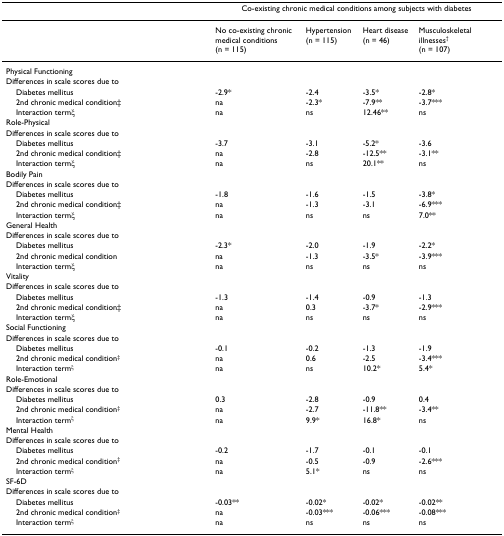
<table><thead><tr><td></td><td colspan="4"><b>Co-existing chronic medical conditions among subjects with diabetes</b></td></tr></thead><tbody><tr><td></td><td>No co-existing chronic medical conditions(n = 115)</td><td>Hypertension(n = 115)</td><td>Heart disease (n = 46)</td><td>Musculoskeletal illnesses<sup>† </sup>(n = 107)</td></tr><tr><td>Physical Functioning</td><td></td><td></td><td></td><td></td></tr><tr><td>Differences in scale scores due to</td><td></td><td></td><td></td><td></td></tr><tr><td> Diabetes mellitus</td><td>-2.9*</td><td>-2.4</td><td>-3.5*</td><td>-2.8*</td></tr><tr><td> 2nd chronic medical condition‡</td><td>na</td><td>-2.3*</td><td>-7.9**</td><td>-3.7***</td></tr><tr><td> Interaction termξ</td><td>na</td><td>ns</td><td>12.46**</td><td>ns</td></tr><tr><td>Role-Physical</td><td></td><td></td><td></td><td></td></tr><tr><td>Differences in scale scores due to</td><td></td><td></td><td></td><td></td></tr><tr><td> Diabetes mellitus</td><td>-3.7</td><td>-3.1</td><td>-5.2*</td><td>-3.6</td></tr><tr><td> 2nd chronic medical condition‡</td><td>na</td><td>-2.8</td><td>-12.5**</td><td>-3.1**</td></tr><tr><td> Interaction termξ</td><td>na</td><td>ns</td><td>20.1**</td><td>ns</td></tr><tr><td>Bodily Pain</td><td></td><td></td><td></td><td></td></tr><tr><td>Differences in scale scores due to</td><td></td><td></td><td></td><td></td></tr><tr><td> Diabetes mellitus</td><td>-1.8</td><td>-1.6</td><td>-1.5</td><td>-3.8*</td></tr><tr><td> 2nd chronic medical condition‡</td><td>na</td><td>-1.3</td><td>-3.1</td><td>-6.9***</td></tr><tr><td> Interaction termξ</td><td>na</td><td>ns</td><td>ns</td><td>7.0**</td></tr><tr><td>General Health</td><td></td><td></td><td></td><td></td></tr><tr><td>Differences in scale scores due to</td><td></td><td></td><td></td><td></td></tr><tr><td> Diabetes mellitus</td><td>-2.3*</td><td>-2.0</td><td>-1.9</td><td>-2.2*</td></tr><tr><td> 2nd chronic medical condition</td><td>na</td><td>-1.3</td><td>-3.5*</td><td>-3.9***</td></tr><tr><td> Interaction termξ</td><td>na</td><td>ns</td><td>ns</td><td>ns</td></tr><tr><td>Vitality</td><td></td><td></td><td></td><td></td></tr><tr><td>Differences in scale scores due to</td><td></td><td></td><td></td><td></td></tr><tr><td> Diabetes mellitus</td><td>-1.3</td><td>-1.4</td><td>-0.9</td><td>-1.3</td></tr><tr><td> 2nd chronic medical condition‡</td><td>na</td><td>0.3</td><td>-3.7*</td><td>-2.9***</td></tr><tr><td> Interaction termξ</td><td>na</td><td>ns</td><td>ns</td><td>ns</td></tr><tr><td>Social Functioning</td><td></td><td></td><td></td><td></td></tr><tr><td>Differences in scale scores due to</td><td></td><td></td><td></td><td></td></tr><tr><td> Diabetes mellitus</td><td>-0.1</td><td>-0.2</td><td>-1.3</td><td>-1.9</td></tr><tr><td> 2nd chronic medical condition<sup>‡</sup></td><td>na</td><td>0.6</td><td>-2.5</td><td>-3.4***</td></tr><tr><td> Interaction term<sup>ξ</sup></td><td>na</td><td>ns</td><td>10.2*</td><td>5.4*</td></tr><tr><td>Role-Emotional</td><td></td><td></td><td></td><td></td></tr><tr><td>Differences in scale scores due to</td><td></td><td></td><td></td><td></td></tr><tr><td> Diabetes mellitus</td><td>0.3</td><td>-2.8</td><td>-0.9</td><td>0.4</td></tr><tr><td> 2nd chronic medical condition<sup>‡</sup></td><td>na</td><td>-2.7</td><td>-11.8**</td><td>-3.4**</td></tr><tr><td> Interaction term<sup>ξ</sup></td><td>na</td><td>9.9*</td><td>16.8*</td><td>ns</td></tr><tr><td>Mental Health</td><td></td><td></td><td></td><td></td></tr><tr><td>Differences in scale scores due to</td><td></td><td></td><td></td><td></td></tr><tr><td> Diabetes mellitus</td><td>-0.2</td><td>-1.7</td><td>-0.1</td><td>-0.1</td></tr><tr><td> 2nd chronic medical condition<sup>‡</sup></td><td>na</td><td>-0.5</td><td>-0.9</td><td>-2.6***</td></tr><tr><td> Interaction term<sup>ξ</sup></td><td>na</td><td>5.1*</td><td>ns</td><td>ns</td></tr><tr><td>SF-6D</td><td></td><td></td><td></td><td></td></tr><tr><td>Differences in scale scores due to</td><td></td><td></td><td></td><td></td></tr><tr><td> Diabetes mellitus</td><td>-0.03**</td><td>-0.02*</td><td>-0.02*</td><td>-0.02**</td></tr><tr><td> 2nd chronic medical condition<sup>‡</sup></td><td>na</td><td>-0.03***</td><td>-0.06***</td><td>-0.08***</td></tr><tr><td> Interaction term<sup>ξ</sup></td><td>na</td><td>ns</td><td>ns</td><td>ns</td></tr></tbody></table>